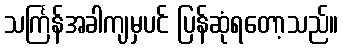
သင်္ကြန်အခါကျမှပင် ပြန်ဆုံရတော့သည်။